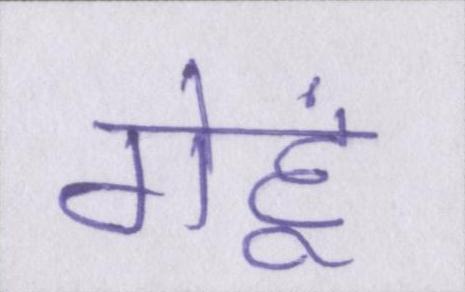
गेहूं